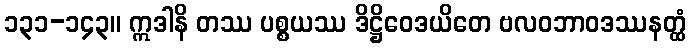
၁၃၁-၁၄၃။ ဣဒါနိ တဿ ပစ္စယဿ ဒိဋ္ဌိဝေဒယိတေ ဗလဝဘာဝဒဿနတ္ထံ